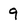
Character: 9